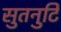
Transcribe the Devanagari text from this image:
सुतनुटि